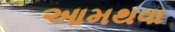
આમથવા